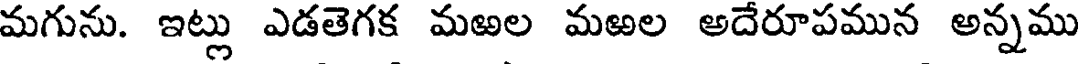
మగును. ఇట్లు ఎడతెగక మఱల మఱల అదేరూపమున అన్నము